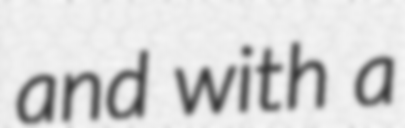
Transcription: and with a